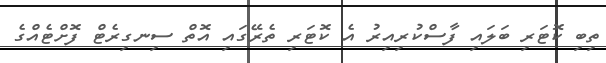
ތިބި ކޮޓަރި ބަލައި ފާސްކުރިއިރު އެ ކޮޓަރި ތެރޭގައި އޮތް ސިނގިރެޓް ފޮށްޓެއްގެ